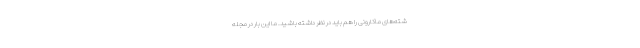
شته‌های ماکارونی را هم باید در نظر داشته باشید. ما این بار در مجله